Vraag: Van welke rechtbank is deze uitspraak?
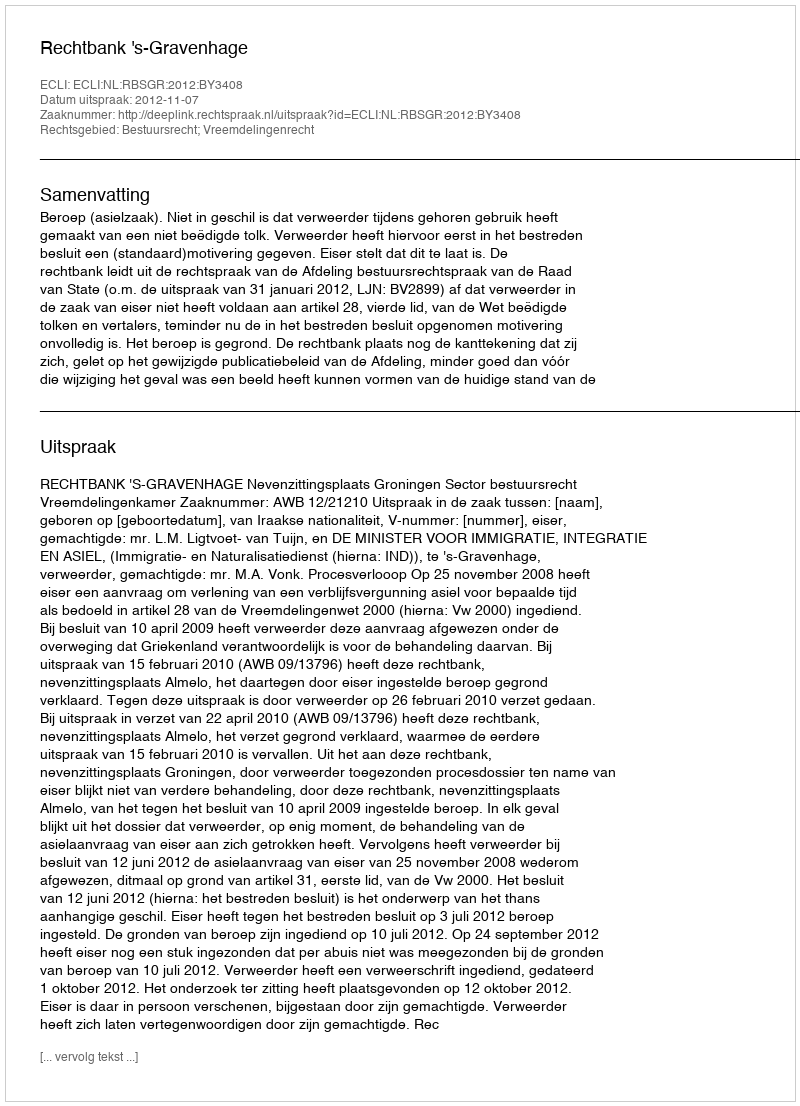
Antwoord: Rechtbank 's-Gravenhage